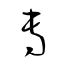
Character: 專